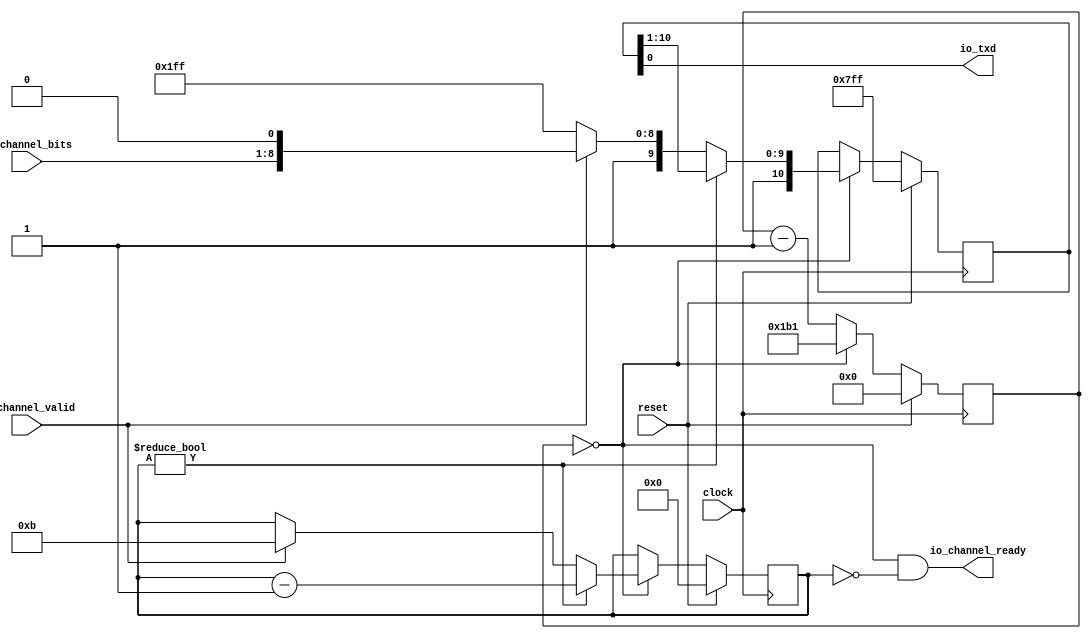
module Tx(
  input        clock,
  input        reset,
  output       io_txd,
  output       io_channel_ready,
  input        io_channel_valid,
  input  [7:0] io_channel_bits
);
`ifdef RANDOMIZE_REG_INIT
  reg [31:0] _RAND_0;
  reg [31:0] _RAND_1;
  reg [31:0] _RAND_2;
`endif // RANDOMIZE_REG_INIT
  reg [10:0] shiftReg; // @[Uart.scala 30:25]
  reg [19:0] cntReg; // @[Uart.scala 31:23]
  reg [3:0] bitsReg; // @[Uart.scala 32:24]
  wire  _T = cntReg == 20'h0; // @[Uart.scala 34:31]
  wire [9:0] lo = shiftReg[10:1]; // @[Uart.scala 41:28]
  wire [10:0] _T_7 = {1'h1,lo}; // @[Cat.scala 30:58]
  wire [3:0] _T_9 = bitsReg - 4'h1; // @[Uart.scala 43:26]
  wire [10:0] _T_10 = {2'h3,io_channel_bits,1'h0}; // @[Cat.scala 30:58]
  wire [19:0] _T_12 = cntReg - 20'h1; // @[Uart.scala 54:22]
  assign io_txd = shiftReg[0]; // @[Uart.scala 35:21]
  assign io_channel_ready = cntReg == 20'h0 & bitsReg == 4'h0; // @[Uart.scala 34:40]
  always @(posedge clock) begin
    if (reset) begin // @[Uart.scala 30:25]
      shiftReg <= 11'h7ff; // @[Uart.scala 30:25]
    end else if (_T) begin // @[Uart.scala 37:24]
      if (bitsReg != 4'h0) begin // @[Uart.scala 40:27]
        shiftReg <= _T_7; // @[Uart.scala 42:16]
      end else if (io_channel_valid) begin // @[Uart.scala 45:30]
        shiftReg <= _T_10; // @[Uart.scala 46:18]
      end else begin
        shiftReg <= 11'h7ff; // @[Uart.scala 49:18]
      end
    end
    if (reset) begin // @[Uart.scala 31:23]
      cntReg <= 20'h0; // @[Uart.scala 31:23]
    end else if (_T) begin // @[Uart.scala 37:24]
      cntReg <= 20'h1b1; // @[Uart.scala 39:12]
    end else begin
      cntReg <= _T_12; // @[Uart.scala 54:12]
    end
    if (reset) begin // @[Uart.scala 32:24]
      bitsReg <= 4'h0; // @[Uart.scala 32:24]
    end else if (_T) begin // @[Uart.scala 37:24]
      if (bitsReg != 4'h0) begin // @[Uart.scala 40:27]
        bitsReg <= _T_9; // @[Uart.scala 43:15]
      end else if (io_channel_valid) begin // @[Uart.scala 45:30]
        bitsReg <= 4'hb; // @[Uart.scala 47:17]
      end
    end
  end
// Register and memory initialization
`ifdef RANDOMIZE_GARBAGE_ASSIGN
`define RANDOMIZE
`endif
`ifdef RANDOMIZE_INVALID_ASSIGN
`define RANDOMIZE
`endif
`ifdef RANDOMIZE_REG_INIT
`define RANDOMIZE
`endif
`ifdef RANDOMIZE_MEM_INIT
`define RANDOMIZE
`endif
`ifndef RANDOM
`define RANDOM $random
`endif
`ifdef RANDOMIZE_MEM_INIT
  integer initvar;
`endif
`ifndef SYNTHESIS
`ifdef FIRRTL_BEFORE_INITIAL
`FIRRTL_BEFORE_INITIAL
`endif
initial begin
  `ifdef RANDOMIZE
    `ifdef INIT_RANDOM
      `INIT_RANDOM
    `endif
    `ifndef VERILATOR
      `ifdef RANDOMIZE_DELAY
        #`RANDOMIZE_DELAY begin end
      `else
        #0.002 begin end
      `endif
    `endif
`ifdef RANDOMIZE_REG_INIT
  _RAND_0 = {1{`RANDOM}};
  shiftReg = _RAND_0[10:0];
  _RAND_1 = {1{`RANDOM}};
  cntReg = _RAND_1[19:0];
  _RAND_2 = {1{`RANDOM}};
  bitsReg = _RAND_2[3:0];
`endif // RANDOMIZE_REG_INIT
  `endif // RANDOMIZE
end // initial
`ifdef FIRRTL_AFTER_INITIAL
`FIRRTL_AFTER_INITIAL
`endif
`endif // SYNTHESIS
endmodule
module Buffer(
  input        clock,
  input        reset,
  output       io_in_ready,
  input        io_in_valid,
  input  [7:0] io_in_bits,
  input        io_out_ready,
  output       io_out_valid,
  output [7:0] io_out_bits
);
`ifdef RANDOMIZE_REG_INIT
  reg [31:0] _RAND_0;
  reg [31:0] _RAND_1;
`endif // RANDOMIZE_REG_INIT
  reg  stateReg; // @[Uart.scala 116:25]
  reg [7:0] dataReg; // @[Uart.scala 117:24]
  wire  _T = ~stateReg; // @[Uart.scala 119:27]
  wire  _GEN_1 = io_in_valid | stateReg; // @[Uart.scala 123:23 Uart.scala 125:16 Uart.scala 116:25]
  assign io_in_ready = ~stateReg; // @[Uart.scala 119:27]
  assign io_out_valid = stateReg; // @[Uart.scala 120:28]
  assign io_out_bits = dataReg; // @[Uart.scala 132:15]
  always @(posedge clock) begin
    if (reset) begin // @[Uart.scala 116:25]
      stateReg <= 1'h0; // @[Uart.scala 116:25]
    end else if (_T) begin // @[Uart.scala 122:28]
      stateReg <= _GEN_1;
    end else if (io_out_ready) begin // @[Uart.scala 128:24]
      stateReg <= 1'h0; // @[Uart.scala 129:16]
    end
    if (reset) begin // @[Uart.scala 117:24]
      dataReg <= 8'h0; // @[Uart.scala 117:24]
    end else if (_T) begin // @[Uart.scala 122:28]
      if (io_in_valid) begin // @[Uart.scala 123:23]
        dataReg <= io_in_bits; // @[Uart.scala 124:15]
      end
    end
  end
// Register and memory initialization
`ifdef RANDOMIZE_GARBAGE_ASSIGN
`define RANDOMIZE
`endif
`ifdef RANDOMIZE_INVALID_ASSIGN
`define RANDOMIZE
`endif
`ifdef RANDOMIZE_REG_INIT
`define RANDOMIZE
`endif
`ifdef RANDOMIZE_MEM_INIT
`define RANDOMIZE
`endif
`ifndef RANDOM
`define RANDOM $random
`endif
`ifdef RANDOMIZE_MEM_INIT
  integer initvar;
`endif
`ifndef SYNTHESIS
`ifdef FIRRTL_BEFORE_INITIAL
`FIRRTL_BEFORE_INITIAL
`endif
initial begin
  `ifdef RANDOMIZE
    `ifdef INIT_RANDOM
      `INIT_RANDOM
    `endif
    `ifndef VERILATOR
      `ifdef RANDOMIZE_DELAY
        #`RANDOMIZE_DELAY begin end
      `else
        #0.002 begin end
      `endif
    `endif
`ifdef RANDOMIZE_REG_INIT
  _RAND_0 = {1{`RANDOM}};
  stateReg = _RAND_0[0:0];
  _RAND_1 = {1{`RANDOM}};
  dataReg = _RAND_1[7:0];
`endif // RANDOMIZE_REG_INIT
  `endif // RANDOMIZE
end // initial
`ifdef FIRRTL_AFTER_INITIAL
`FIRRTL_AFTER_INITIAL
`endif
`endif // SYNTHESIS
endmodule
module BufferedTx(
  input        clock,
  input        reset,
  output       io_txd,
  output       io_channel_ready,
  input        io_channel_valid,
  input  [7:0] io_channel_bits
);
  wire  tx_clock; // @[Uart.scala 143:18]
  wire  tx_reset; // @[Uart.scala 143:18]
  wire  tx_io_txd; // @[Uart.scala 143:18]
  wire  tx_io_channel_ready; // @[Uart.scala 143:18]
  wire  tx_io_channel_valid; // @[Uart.scala 143:18]
  wire [7:0] tx_io_channel_bits; // @[Uart.scala 143:18]
  wire  buf__clock; // @[Uart.scala 144:19]
  wire  buf__reset; // @[Uart.scala 144:19]
  wire  buf__io_in_ready; // @[Uart.scala 144:19]
  wire  buf__io_in_valid; // @[Uart.scala 144:19]
  wire [7:0] buf__io_in_bits; // @[Uart.scala 144:19]
  wire  buf__io_out_ready; // @[Uart.scala 144:19]
  wire  buf__io_out_valid; // @[Uart.scala 144:19]
  wire [7:0] buf__io_out_bits; // @[Uart.scala 144:19]
  Tx tx ( // @[Uart.scala 143:18]
    .clock(tx_clock),
    .reset(tx_reset),
    .io_txd(tx_io_txd),
    .io_channel_ready(tx_io_channel_ready),
    .io_channel_valid(tx_io_channel_valid),
    .io_channel_bits(tx_io_channel_bits)
  );
  Buffer buf_ ( // @[Uart.scala 144:19]
    .clock(buf__clock),
    .reset(buf__reset),
    .io_in_ready(buf__io_in_ready),
    .io_in_valid(buf__io_in_valid),
    .io_in_bits(buf__io_in_bits),
    .io_out_ready(buf__io_out_ready),
    .io_out_valid(buf__io_out_valid),
    .io_out_bits(buf__io_out_bits)
  );
  assign io_txd = tx_io_txd; // @[Uart.scala 148:10]
  assign io_channel_ready = buf__io_in_ready; // @[Uart.scala 146:13]
  assign tx_clock = clock;
  assign tx_reset = reset;
  assign tx_io_channel_valid = buf__io_out_valid; // @[Uart.scala 147:17]
  assign tx_io_channel_bits = buf__io_out_bits; // @[Uart.scala 147:17]
  assign buf__clock = clock;
  assign buf__reset = reset;
  assign buf__io_in_valid = io_channel_valid; // @[Uart.scala 146:13]
  assign buf__io_in_bits = io_channel_bits; // @[Uart.scala 146:13]
  assign buf__io_out_ready = tx_io_channel_ready; // @[Uart.scala 147:17]
endmodule
module Sender(
  input   clock,
  input   reset,
  output  io_txd
);
`ifdef RANDOMIZE_REG_INIT
  reg [31:0] _RAND_0;
`endif // RANDOMIZE_REG_INIT
  wire  tx_clock; // @[Uart.scala 159:18]
  wire  tx_reset; // @[Uart.scala 159:18]
  wire  tx_io_txd; // @[Uart.scala 159:18]
  wire  tx_io_channel_ready; // @[Uart.scala 159:18]
  wire  tx_io_channel_valid; // @[Uart.scala 159:18]
  wire [7:0] tx_io_channel_bits; // @[Uart.scala 159:18]
  reg [7:0] cntReg; // @[Uart.scala 167:23]
  wire [6:0] _GEN_1 = 4'h1 == cntReg[3:0] ? 7'h65 : 7'h48; // @[Uart.scala 169:22 Uart.scala 169:22]
  wire [6:0] _GEN_2 = 4'h2 == cntReg[3:0] ? 7'h6c : _GEN_1; // @[Uart.scala 169:22 Uart.scala 169:22]
  wire [6:0] _GEN_3 = 4'h3 == cntReg[3:0] ? 7'h6c : _GEN_2; // @[Uart.scala 169:22 Uart.scala 169:22]
  wire [6:0] _GEN_4 = 4'h4 == cntReg[3:0] ? 7'h6f : _GEN_3; // @[Uart.scala 169:22 Uart.scala 169:22]
  wire [6:0] _GEN_5 = 4'h5 == cntReg[3:0] ? 7'h20 : _GEN_4; // @[Uart.scala 169:22 Uart.scala 169:22]
  wire [6:0] _GEN_6 = 4'h6 == cntReg[3:0] ? 7'h57 : _GEN_5; // @[Uart.scala 169:22 Uart.scala 169:22]
  wire [6:0] _GEN_7 = 4'h7 == cntReg[3:0] ? 7'h6f : _GEN_6; // @[Uart.scala 169:22 Uart.scala 169:22]
  wire [6:0] _GEN_8 = 4'h8 == cntReg[3:0] ? 7'h72 : _GEN_7; // @[Uart.scala 169:22 Uart.scala 169:22]
  wire [6:0] _GEN_9 = 4'h9 == cntReg[3:0] ? 7'h6c : _GEN_8; // @[Uart.scala 169:22 Uart.scala 169:22]
  wire [6:0] _GEN_10 = 4'ha == cntReg[3:0] ? 7'h64 : _GEN_9; // @[Uart.scala 169:22 Uart.scala 169:22]
  wire [6:0] _GEN_11 = 4'hb == cntReg[3:0] ? 7'h21 : _GEN_10; // @[Uart.scala 169:22 Uart.scala 169:22]
  wire  _T_1 = cntReg != 8'hc; // @[Uart.scala 170:33]
  wire [7:0] _T_5 = cntReg + 8'h1; // @[Uart.scala 173:22]
  BufferedTx tx ( // @[Uart.scala 159:18]
    .clock(tx_clock),
    .reset(tx_reset),
    .io_txd(tx_io_txd),
    .io_channel_ready(tx_io_channel_ready),
    .io_channel_valid(tx_io_channel_valid),
    .io_channel_bits(tx_io_channel_bits)
  );
  assign io_txd = tx_io_txd; // @[Uart.scala 161:10]
  assign tx_clock = clock;
  assign tx_reset = reset;
  assign tx_io_channel_valid = cntReg != 8'hc; // @[Uart.scala 170:33]
  assign tx_io_channel_bits = {{1'd0}, _GEN_11}; // @[Uart.scala 169:22 Uart.scala 169:22]
  always @(posedge clock) begin
    if (reset) begin // @[Uart.scala 167:23]
      cntReg <= 8'h0; // @[Uart.scala 167:23]
    end else if (tx_io_channel_ready & _T_1) begin // @[Uart.scala 172:47]
      cntReg <= _T_5; // @[Uart.scala 173:12]
    end
  end
// Register and memory initialization
`ifdef RANDOMIZE_GARBAGE_ASSIGN
`define RANDOMIZE
`endif
`ifdef RANDOMIZE_INVALID_ASSIGN
`define RANDOMIZE
`endif
`ifdef RANDOMIZE_REG_INIT
`define RANDOMIZE
`endif
`ifdef RANDOMIZE_MEM_INIT
`define RANDOMIZE
`endif
`ifndef RANDOM
`define RANDOM $random
`endif
`ifdef RANDOMIZE_MEM_INIT
  integer initvar;
`endif
`ifndef SYNTHESIS
`ifdef FIRRTL_BEFORE_INITIAL
`FIRRTL_BEFORE_INITIAL
`endif
initial begin
  `ifdef RANDOMIZE
    `ifdef INIT_RANDOM
      `INIT_RANDOM
    `endif
    `ifndef VERILATOR
      `ifdef RANDOMIZE_DELAY
        #`RANDOMIZE_DELAY begin end
      `else
        #0.002 begin end
      `endif
    `endif
`ifdef RANDOMIZE_REG_INIT
  _RAND_0 = {1{`RANDOM}};
  cntReg = _RAND_0[7:0];
`endif // RANDOMIZE_REG_INIT
  `endif // RANDOMIZE
end // initial
`ifdef FIRRTL_AFTER_INITIAL
`FIRRTL_AFTER_INITIAL
`endif
`endif // SYNTHESIS
endmodule
module UartMain(
  input   clock,
  input   reset,
  input   io_rxd,
  output  io_txd
);
  wire  Sender_clock; // @[Uart.scala 203:19]
  wire  Sender_reset; // @[Uart.scala 203:19]
  wire  Sender_io_txd; // @[Uart.scala 203:19]
  Sender Sender ( // @[Uart.scala 203:19]
    .clock(Sender_clock),
    .reset(Sender_reset),
    .io_txd(Sender_io_txd)
  );
  assign io_txd = Sender_io_txd; // @[Uart.scala 204:12]
  assign Sender_clock = clock;
  assign Sender_reset = reset;
endmodule